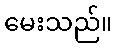
မေးသည်။